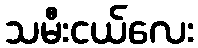
သမီးငယ်လေး